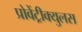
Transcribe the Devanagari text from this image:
प्रोवेंट्रीक्युलस